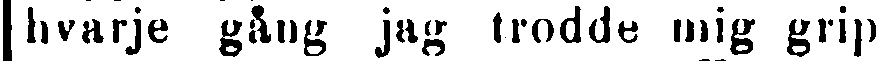
hvarje gång jag trodde mig grip